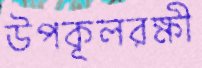
উপকূলরক্ষী